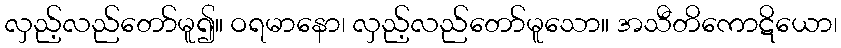
လှည့်လည်တော်မူ၍။ ဝရမာနော၊ လှည့်လည်တော်မူသော။ အသီတိကောဋိယော၊